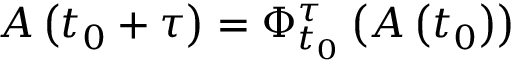
A \left( t _ { 0 } + \tau \right) = \Phi _ { t _ { 0 } } ^ { \tau } \left( A \left( t _ { 0 } \right) \right)